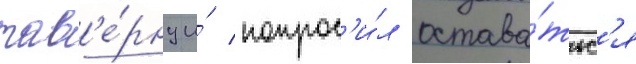
тав'е́рну и́ попрос'и́л остава́тьс'я